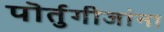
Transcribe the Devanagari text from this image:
पॊर्तुगीजांना